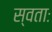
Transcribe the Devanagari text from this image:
स्वताः